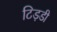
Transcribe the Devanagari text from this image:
टिड़डी